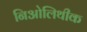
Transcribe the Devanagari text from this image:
निओलिथीक